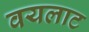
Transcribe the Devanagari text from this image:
वयलाट